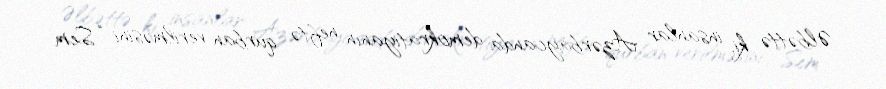
Əlbəttə ki, insanlar Azərbaycanda demokratiyanın neftə qurban verilməsini “Sem